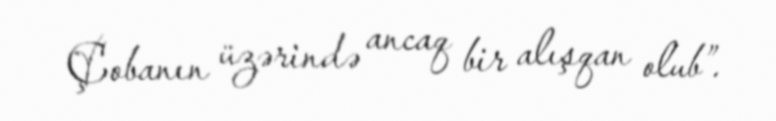
Çobanın üzərində ancaq bir alışqan olub”.